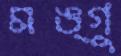
মঙ্গু